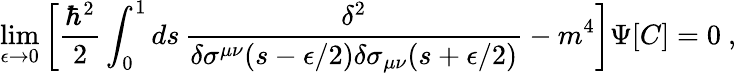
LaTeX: \operatorname*{lim}_{\epsilon\rightarrow 0}\left[{\frac{\hbar^{2}}{2}}\int_{0}^{1}ds\, {\frac{\delta^{2}}{\delta\sigma^{\mu\nu}(s-\epsilon/2)\delta\sigma_{\mu\nu}(s+\epsilon/2)}}-m^{4}\right]\Psi[C]=0\ ,